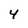
Character: 4